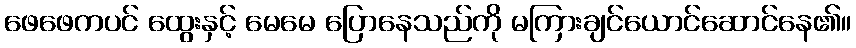
ဖေဖေကပင် ထွေးနှင့် မေမေ ပြောနေသည်ကို မကြားချင်ယောင်ဆောင်နေ၏။